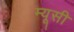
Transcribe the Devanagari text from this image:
म्यूसी